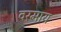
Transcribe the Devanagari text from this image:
वरमाय